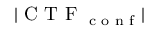
| \textrm { C T F } _ { \textrm { c o n f } } |